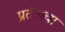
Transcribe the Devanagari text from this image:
प्रतीपचा